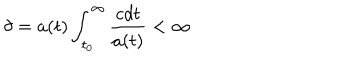
\delta = a ( t ) \int _ { t _ { 0 } } ^ { \infty } \frac { c d t } { a ( t ) } < \infty